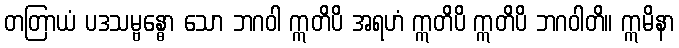
တတြာယံ ပဒသမ္ဗန္ဓော သော ဘဂဝါ ဣတိပိ အရဟံ ဣတိပိ ဣတိပိ ဘဂဝါတိ။ ဣမိနာ